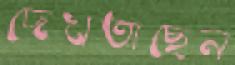
দেখতাছেন